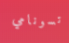
تسونامي